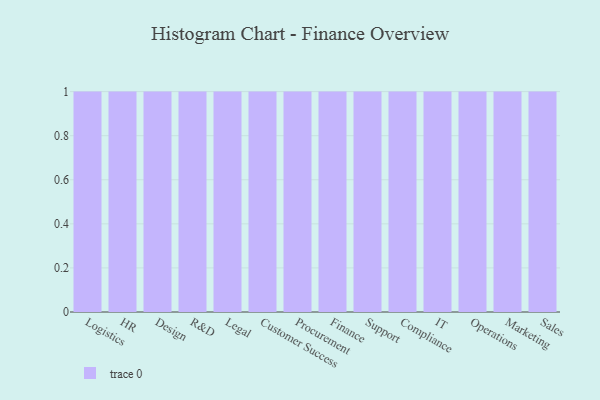
{"axis": {"x": "Department", "y": "Satisfaction Score"}, "legend": [""], "data": [{"x": "Logistics", "y": 38, "type": ""}, {"x": "HR", "y": 36, "type": ""}, {"x": "Design", "y": 46, "type": ""}, {"x": "R&D", "y": 93, "type": ""}, {"x": "Legal", "y": 11, "type": ""}, {"x": "Customer Success", "y": 51, "type": ""}, {"x": "Procurement", "y": 43, "type": ""}, {"x": "Finance", "y": 44, "type": ""}, {"x": "Support", "y": 58, "type": ""}, {"x": "Compliance", "y": 7, "type": ""}, {"x": "IT", "y": 39, "type": ""}, {"x": "Operations", "y": 26, "type": ""}, {"x": "Marketing", "y": 97, "type": ""}, {"x": "Sales", "y": 88, "type": ""}]}